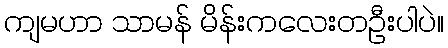
ကျမဟာ သာမန် မိန်းကလေးတဦးပါပဲ။